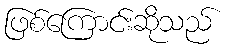
ဖြစ်ကြောင်းဆိုသည်